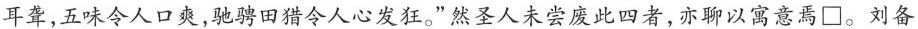
耳聋，五味令人口爽，驰骋田猎令人心发狂。”然圣人未尝废此四者，亦聊以寓意焉\Box。刘备